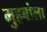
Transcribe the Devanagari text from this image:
मुहबोला